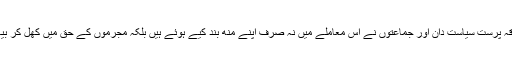
یہی وجہ ہے کہ فرقہ پرست سیاست دان اور جماعتوں نے اس معاملے میں نہ صرف اپنے منھ بند کیے ہوئے ہیں بلکہ مجرموں کے حق میں کھل کر بیانات بھی دیتے ہیں۔